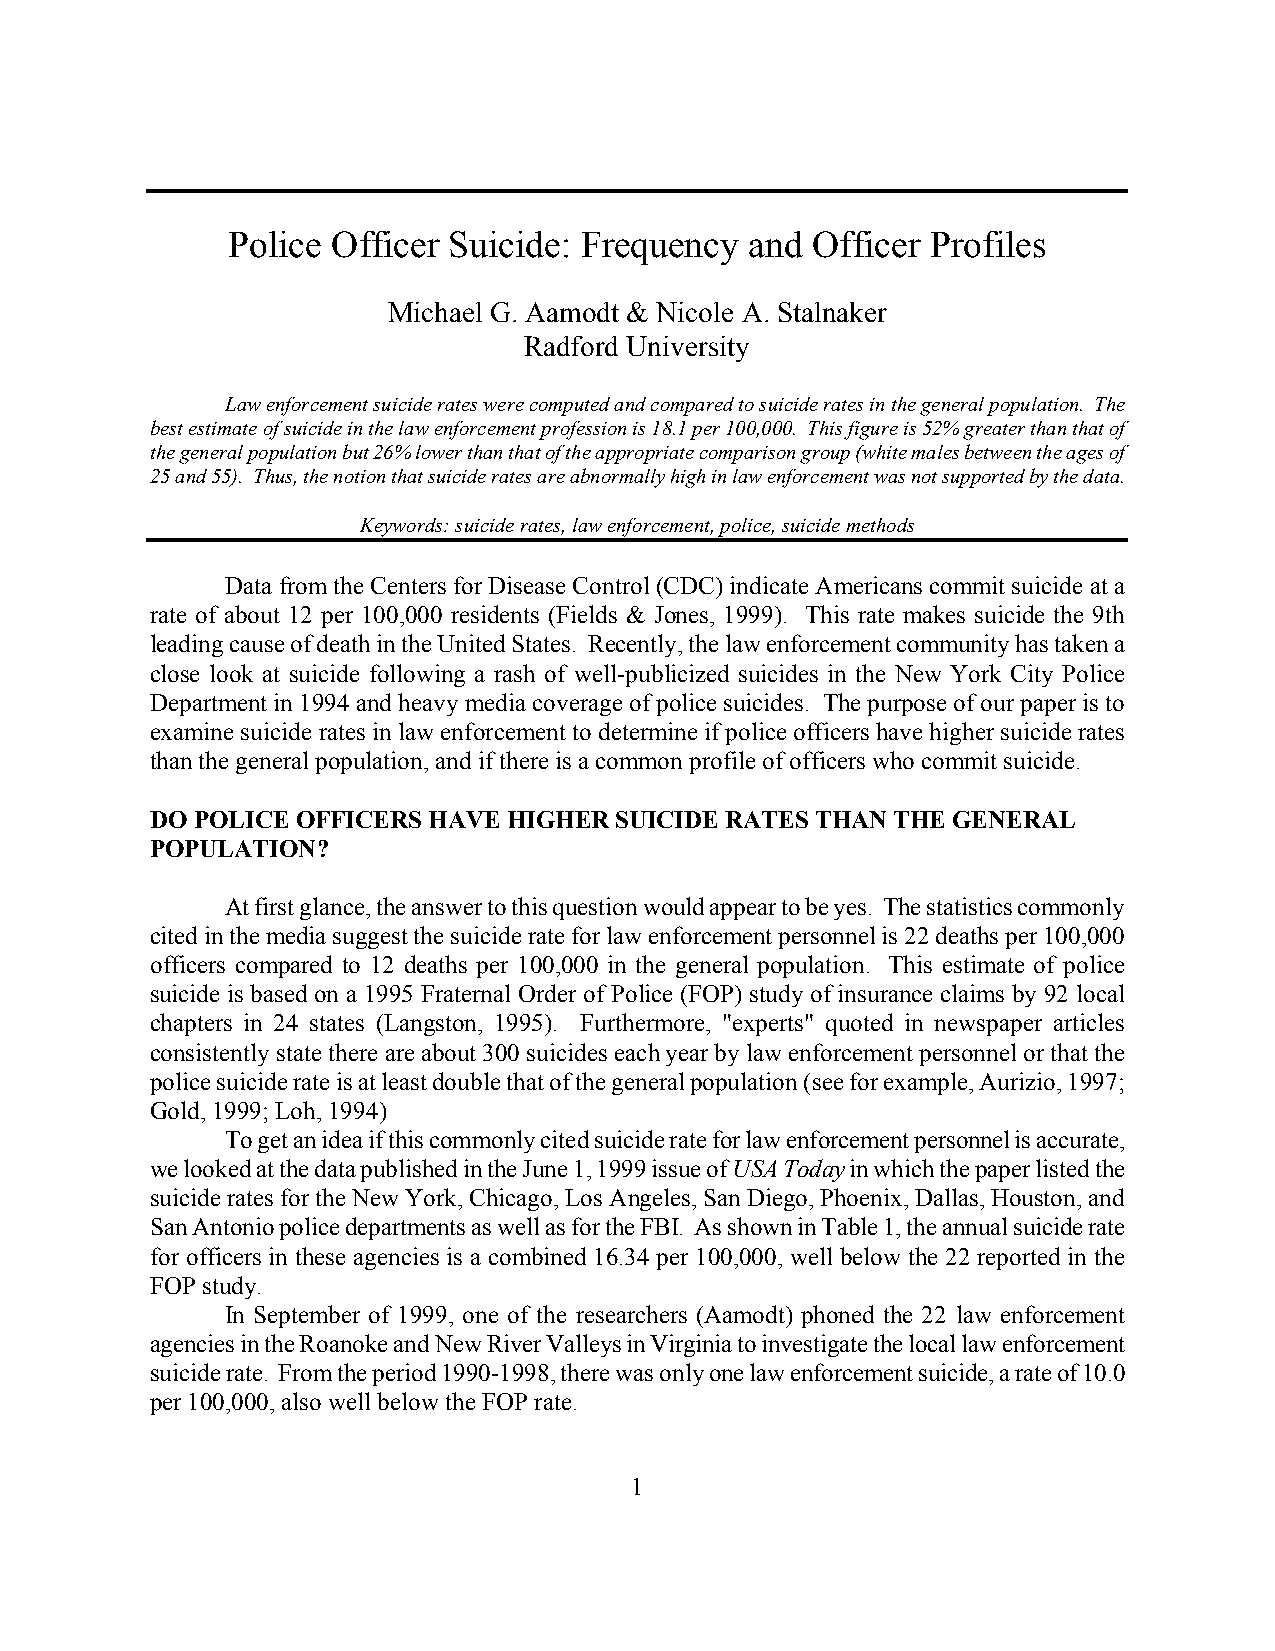
Police Officer Suicide: Frequency  and Officer Profiles
 Michael G. Aamodt & Nicole A. Stalnaker
 Radford University
 Law enforcement suicide rates were computed and compared to suicide rates in the general population. The
 best estimate of suicide in the law enforcement profession is 18.1 per 100,000. This figure is 52% greater than that of
 the general population but 26% lower than that of the appropriate comparison group (white males between the ages of
 25 and 55). Thus, the notion that suicide rates are abnormally high in law enforcement was not supported by the data.
 Keywords: suicide rates, law enforcement, police, suicide methods
 Data from the Centers for Disease Control (CDC) indicate Americans commit suicide at a
 rate of about 12 per 100,000 residents (Fields & Jones, 1999). This rate makes suicide the 9th
 leading cause of death in the United States. Recently, the law enforcement community has taken a
 close look at suicide following a rash of well-publicized suicides in the New York City Police
 Department in 1994 and heavy media coverage of police suicides. The purpose of our paper is to
 examine suicide rates in law enforcement to determine if police officers have higher suicide rates
 than the general population, and if there is a common profile of officers who commit suicide.
 DO POLICE OFFICERS HAVE HIGHER SUICIDE RATES THAN THE GENERAL
 POPULATION?
 At first glance, the answer to this question would appear to be yes. The statistics commonly
 cited in the media suggest the suicide rate for law enforcement personnel is 22 deaths per 100,000
 officers compared to 12 deaths per 100,000 in the general population. This estimate of police
 suicide is based on a 1995 Fraternal Order of Police (FOP) study of insurance claims by 92 local
 chapters in 24 states (Langston, 1995). Furthermore, "experts" quoted in newspaper articles
 consistently state there are about 300 suicides each year by law enforcement personnel or that the
 police suicide rate is at least double that of the general population (see for example, Aurizio, 1997;
 Gold, 1999; Loh, 1994)
 To get an idea if this commonly cited suicide rate for law enforcement personnel is accurate,
 we looked at the data published in the June 1, 1999 issue of USA Today in which the paper listed the
 suicide rates for the New York, Chicago, Los Angeles, San Diego, Phoenix, Dallas, Houston, and
 San Antonio police departments as well as for the FBI. As shown in Table 1, the annual suicide rate
 for officers in these agencies is a combined 16.34 per 100,000, well below the 22 reported in the
 FOP study.
 In September of 1999, one of the researchers (Aamodt) phoned the 22 law enforcement
 agencies in the Roanoke and New River Valleys in Virginia to investigate the local law enforcement
 suicide rate. From the period 1990-1998, there was only one law enforcement suicide, a rate of 10.0
 per 100,000, also well below the FOP rate.
 1